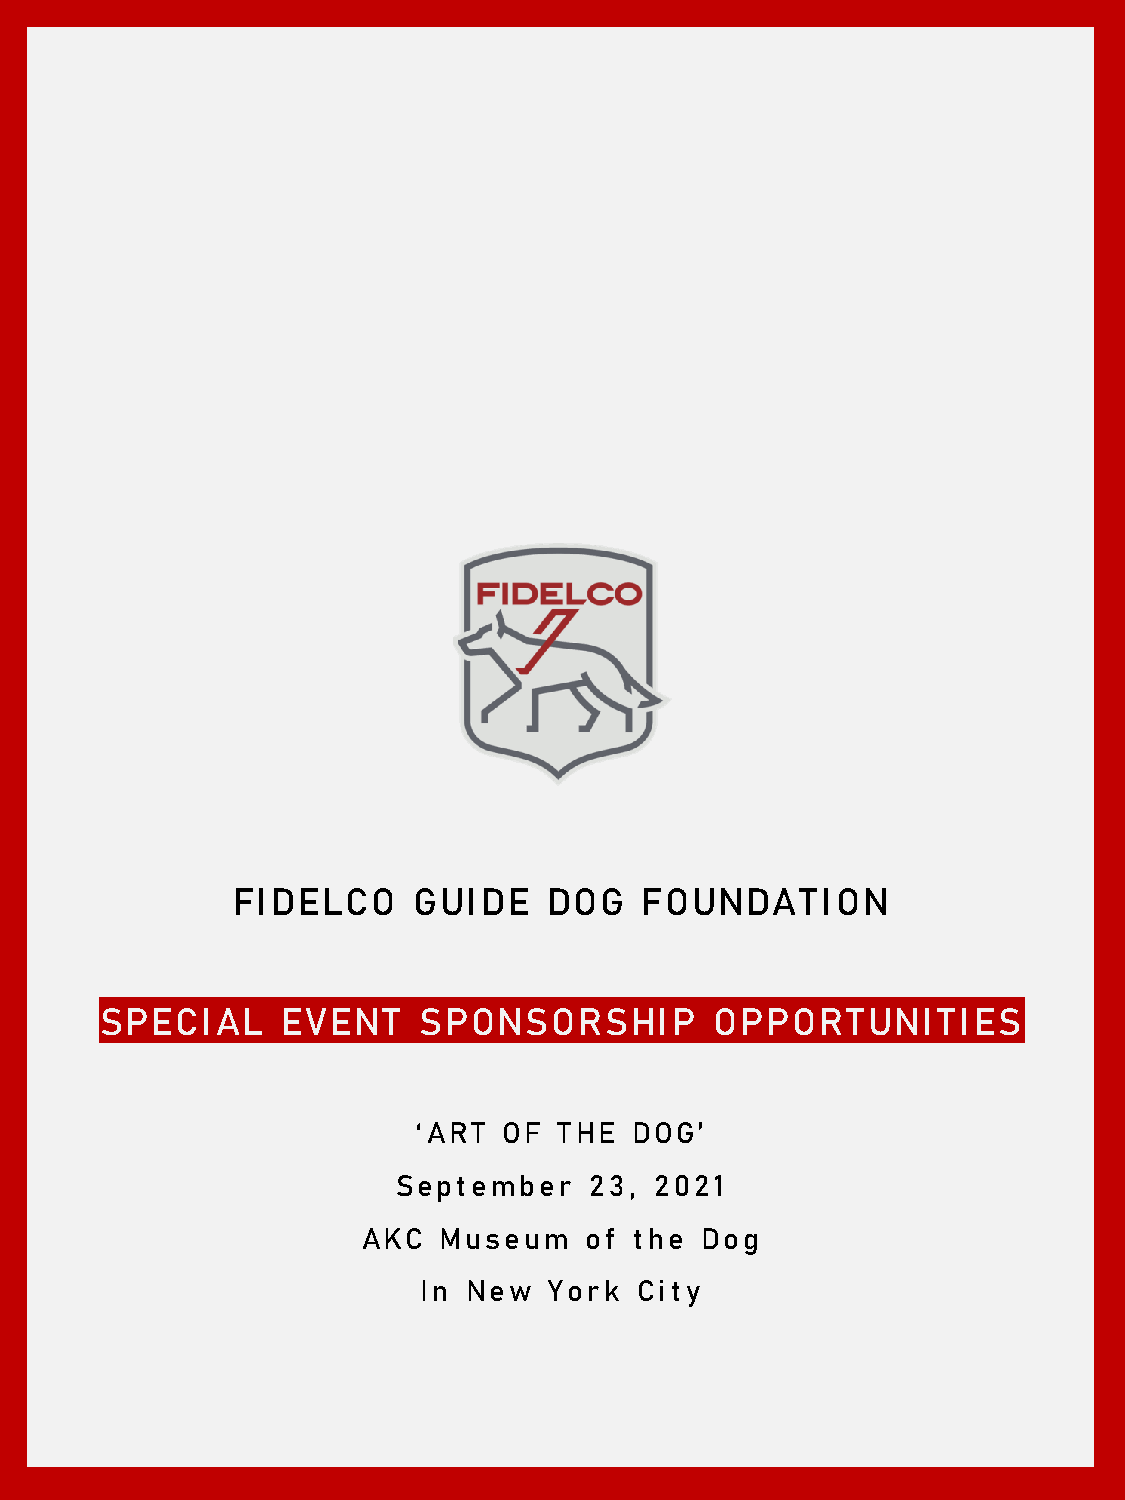
FI DELC   O GUI  DE  DOG    FOUNDATI    ON
 SPEC  I AL  EV ENT   SPONSOR     SHIP   OPPORTUNI      TIES
 ‘A R T O F TH E D O G ’
 S ept ember  2 3 , 2 0 2 1
 AKC  Museum    o f t h e D o g
 In N e w Y o rk C it y